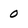
Character: 0